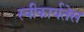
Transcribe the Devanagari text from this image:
स्वीकार्यतेस